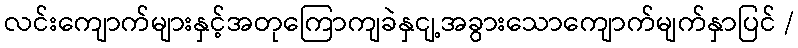
လင်းကျောက်များနှင့်အတုကြောကျခဲနှငျ့အခွားသောကျောက်မျက်နှာပြင် /